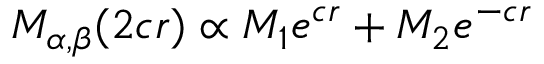
M _ { \alpha , \beta } ( 2 c r ) \propto M _ { 1 } e ^ { c r } + M _ { 2 } e ^ { - c r }